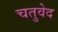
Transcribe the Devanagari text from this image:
चतुवेद